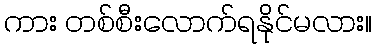
ကား တစ်စီးလောက်ရနိုင်မလား။